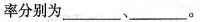
率分别为___、___。